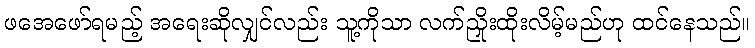
ဖအေဖော်ရမည့် အရေးဆိုလျှင်လည်း သူ့ကိုသာ လက်ညှိုးထိုးလိမ့်မည်ဟု ထင်နေသည်။